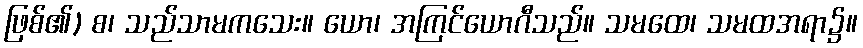
ဖြစ်၏) စ၊ သည်သာမကသေး။ ယော၊ အကြင်ယောဂီသည်။ သမထေ၊ သမထအရာ၌။